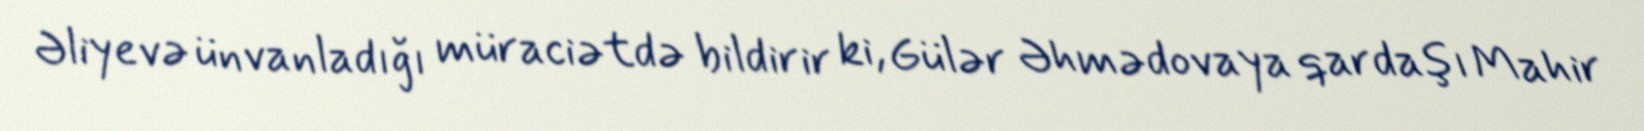
Əliyevə ünvanladığı müraciətdə bildirir ki, Gülər Əhmədovaya qardaşı Mahir